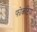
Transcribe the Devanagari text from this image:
फोकटिया